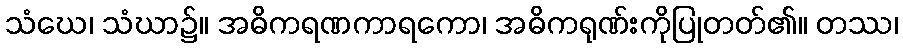
သံဃေ၊ သံဃာ၌။ အဓိကရဏကာရကော၊ အဓိကရုဏ်းကိုပြုတတ်၏။ တဿ၊